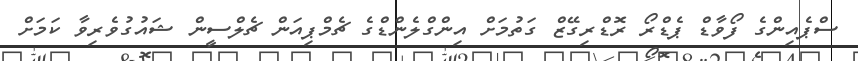
ސްޕެއިންގެ ފޯވާޑް ޕެޑްރޯ ރޮޑްރިގޭޒް ގަތުމަށް އިންގްލެންޑްގެ ޗެމްޕިއަން ޗެލްސީން ޝައުގުވެރިވާ ކަމަށް